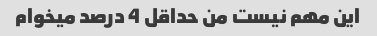
این مهم نیست من حداقل 4 درصد میخوام